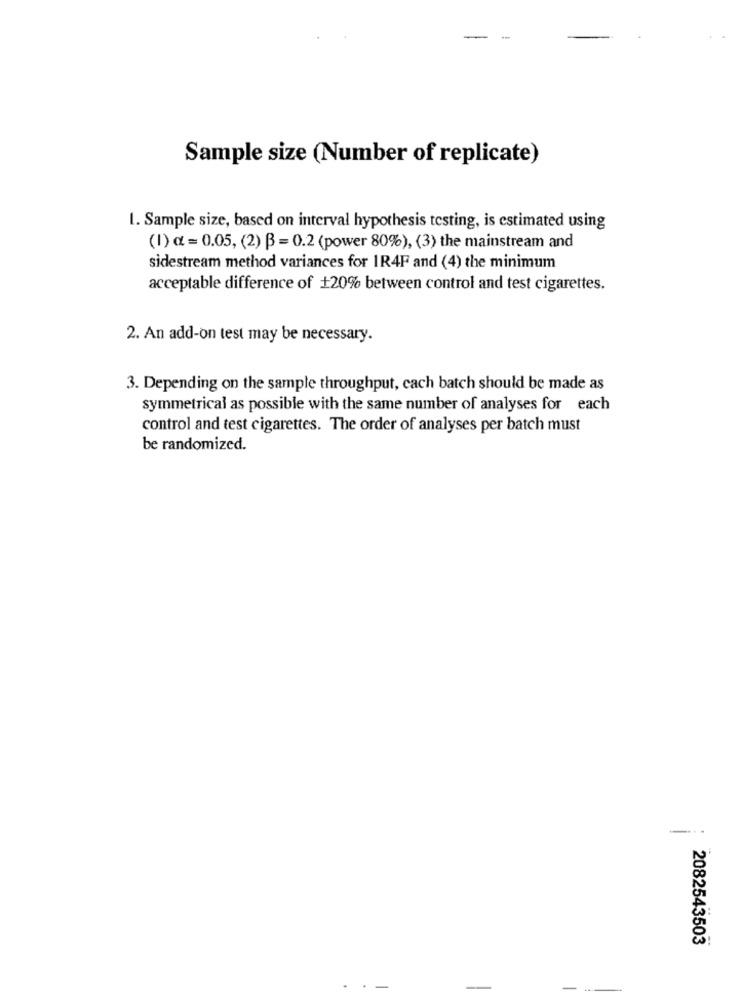
Sample size (Number of replicate)
1. Sample size, based on interval hypothesis testing, is estimated using
(1) a = 0.05, (2) B = 0.2 (power 80%), (3) the mainstream and
sidestream method variances for IR4F and (4) the minimum
acceptable difference of +20% between control and test cigarettes.
2. An add-on test may be necessary.
3. Depending on the sample throughput, cach batch should be made as
symmetrical as possible with the same number of analyses for each
control and test cigarettes. The order of analyses per batch must
be randomized.
-...
2082543503
-